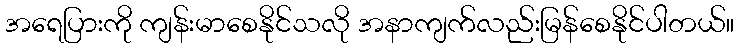
အရေပြားကို ကျန်းမာစေနိုင်သလို အနာကျက်လည်းမြန်စေနိုင်ပါတယ်။